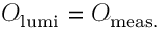
\begin{array} { r l } { \mathcal { O } _ { \mathrm { l u m i } } = \mathcal { O } _ { \mathrm { m e a s . } } } \end{array}